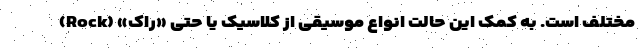
مختلف است. به کمک این حالت انواع موسیقی از کلاسیک یا حتی «راک» (Rock)